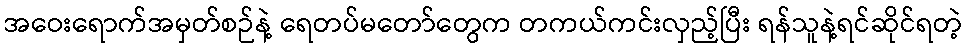
အဝေးရောက်အမှတ်စဉ်နဲ့ ရေတပ်မတော်တွေက တကယ်ကင်းလှည့်ပြီး ရန်သူနဲ့ရင်ဆိုင်ရတဲ့